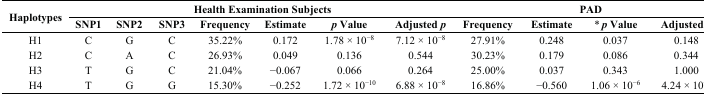
<table><thead><tr><td rowspan="2"><b>Haplotypes</b></td><td colspan="7"><b>Health Examination Subjects</b></td><td colspan="4"><b>PAD</b></td></tr><tr><td><b>SNP1</b></td><td><b>SNP2</b></td><td><b>SNP3</b></td><td><b>Frequency</b></td><td><b>Estimate</b></td><td><b><i>p</i> Value</b></td><td><b>Adjusted<i>p</i></b></td><td><b>Frequency</b></td><td><b>Estimate</b></td><td><b><i>* p</i> Value</b></td><td><b>Adjusted<i>p</i></b></td></tr></thead><tbody><tr><td>H1</td><td>C</td><td>G</td><td>C</td><td>35.22%</td><td>0.172</td><td>1.78 × 10<sup>−8</sup></td><td>7.12 × 10<sup>−8</sup></td><td>27.91%</td><td>0.248</td><td>0.037</td><td>0.148</td></tr><tr><td>H2</td><td>C</td><td>A</td><td>C</td><td>26.93%</td><td>0.049</td><td>0.136</td><td>0.544</td><td>30.23%</td><td>0.179</td><td>0.086</td><td>0.344</td></tr><tr><td>H3</td><td>T</td><td>G</td><td>C</td><td>21.04%</td><td>−0.067</td><td>0.066</td><td>0.264</td><td>25.00%</td><td>0.037</td><td>0.343</td><td>1.000</td></tr><tr><td>H4</td><td>T</td><td>G</td><td>G</td><td>15.30%</td><td>−0.252</td><td>1.72 × 10<sup>−10</sup></td><td>6.88 × 10<sup>−8</sup></td><td>16.86%</td><td>−0.560</td><td>1.06 × 10<sup>−6</sup></td><td>4.24 × 10<sup>−6</sup></td></tr></tbody></table>